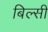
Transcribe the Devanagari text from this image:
बिल्‍सी